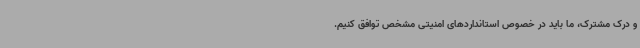
و درک مشترک، ما باید در خصوص استانداردهای امنیتی مشخص توافق کنیم.